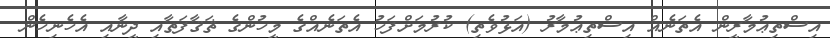
އިސްތިޢުމާރީން އެތަނެއް އިސްތިޢުމާރު (އަޅުވެތި) ކުރުމަށްފަހު އެތަނެއްގެ މީހުންގެ ޘަޤާފަތާއި ދީނާއި އެހެނިހެން